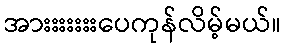
အားးးးးးးပေကုန်လိမ့်မယ်။